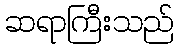
ဆရာကြီးသည်